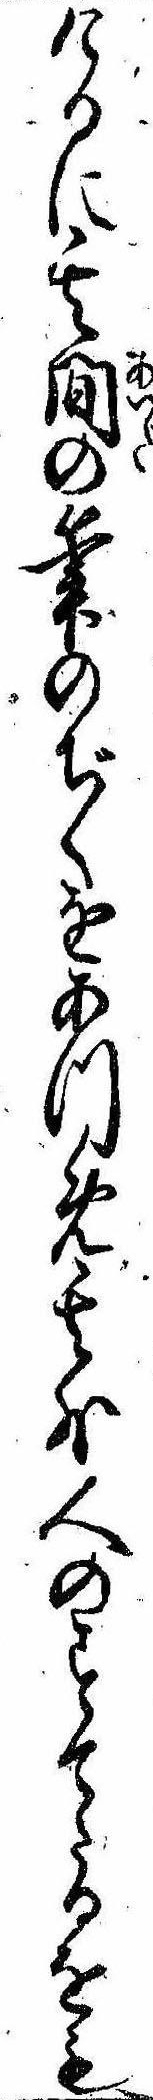
けるに其間の筆のぢくをあつめ其外人のすてたるをも